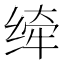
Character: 𰬮